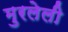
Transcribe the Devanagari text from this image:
मुरलेली